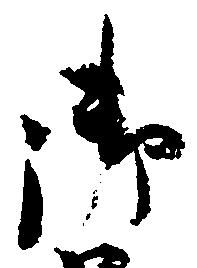
御